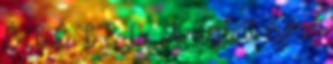
É T É T E L. A üzleti évre